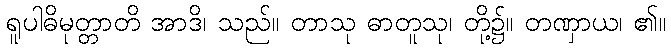
ရူပါဓိမုတ္တာတိ အာဒိ၊ သည်။ တာသု ဓာတူသု၊ တို့၌။ တဏှာယ၊ ၏။